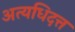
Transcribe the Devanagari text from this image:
अत्यधिदत्त